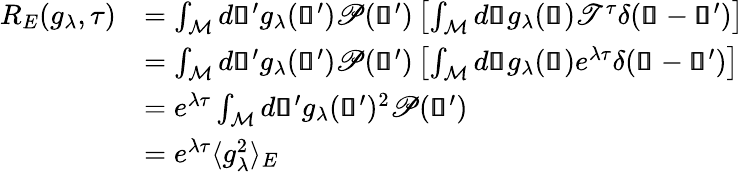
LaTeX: \begin{array}{rl}{R_{E}(g_{\lambda},\tau)}&{=\int_{\mathcal{M}}d\pmb{\mathscr{s}}^{\prime}g_{\lambda}(\pmb{\mathscr{s}}^{\prime})\mathscr{P}(\pmb{\mathscr{s}}^{\prime})\left[\int_{\mathcal{M}}d\pmb{\mathscr{s}}g_{\lambda}(\pmb{\mathscr{s}})\mathscr{T}^{\tau}\delta(\pmb{\mathscr{s}}-\pmb{\mathscr{s}}^{\prime})\right]}\\ &{=\int_{\mathcal{M}}d\pmb{\mathscr{s}}^{\prime}g_{\lambda}(\pmb{\mathscr{s}}^{\prime})\mathscr{P}(\pmb{\mathscr{s}}^{\prime})\left[\int_{\mathcal{M}}d\pmb{\mathscr{s}}g_{\lambda}(\pmb{\mathscr{s}})e^{\lambda\tau}\delta(\pmb{\mathscr{s}}-\pmb{\mathscr{s}}^{\prime})\right]}\\ &{=e^{\lambda\tau}\int_{\mathcal{M}}d\pmb{\mathscr{s}}^{\prime}g_{\lambda}(\pmb{\mathscr{s}}^{\prime})^{2}\mathscr{P}(\pmb{\mathscr{s}}^{\prime})}\\ &{=e^{\lambda\tau}\langle g_{\lambda}^{2}\rangle_{E}}\end{array}